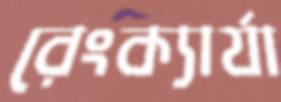
রেংক্যার্যা